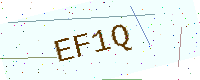
Text: EF1Q